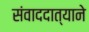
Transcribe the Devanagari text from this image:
संवाददात्याने